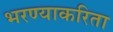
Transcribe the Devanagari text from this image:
भरण्याकरिता